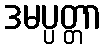
ဒမပ္ပတ္တာ